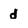
Character: d